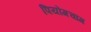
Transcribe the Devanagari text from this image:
पियोंगचांग